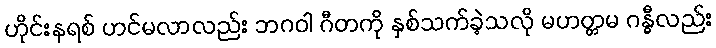
ဟိုင်းနရစ် ဟင်မလာလည်း ဘဂဝါ ဂီတကို နှစ်သက်ခဲ့သလို မဟတ္တမ ဂန္ဓီလည်း